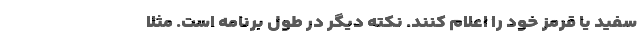
سفید یا قرمز خود را اعلام کنند. نکته دیگر در طول برنامه است. مثلا